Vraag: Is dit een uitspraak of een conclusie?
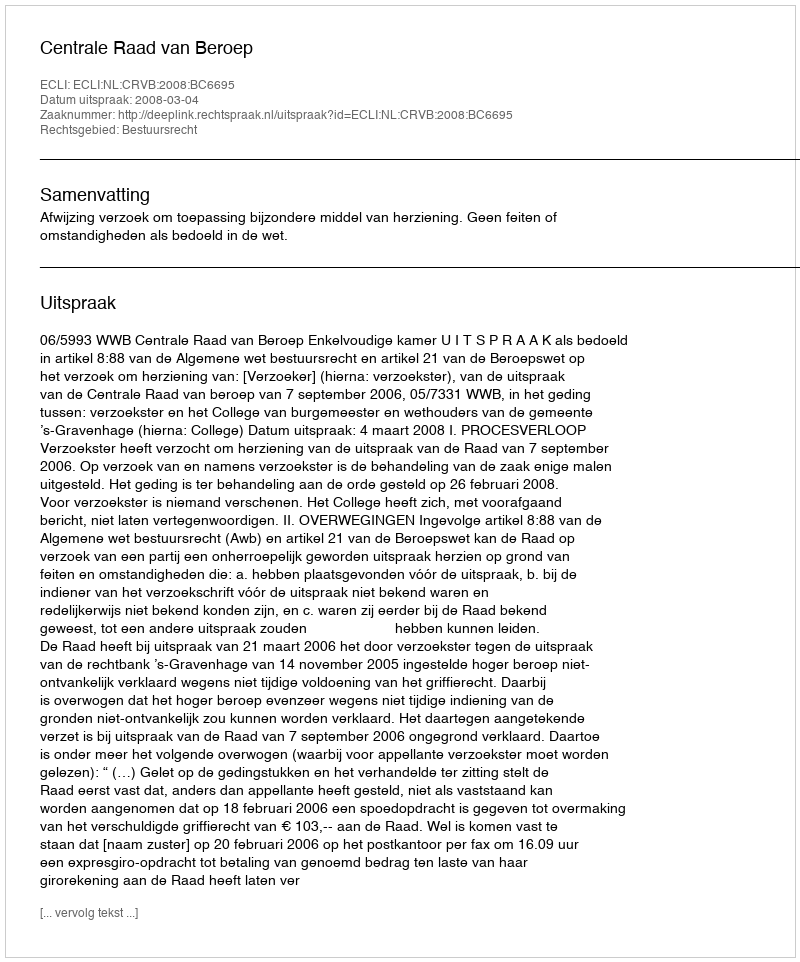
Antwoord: Uitspraak